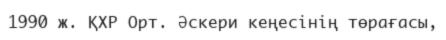
1990 ж. ҚХР Орт. Әскери кеңесінің төрағасы,